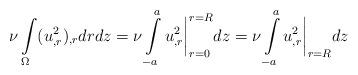
LaTeX: \begin{align*}\nu\intop_\Omega(u_{,r}^2)_{,r}drdz=\nu\intop_{-a}^au_{,r}^2\bigg|_{r=0}^{r=R}dz= \nu\intop_{-a}^au_{,r}^2\bigg|_{r=R}dz\end{align*}